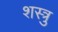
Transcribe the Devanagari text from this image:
शस्त्रु